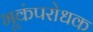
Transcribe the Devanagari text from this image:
भूकंपरोधक